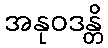
အနုဝဒန္တိ